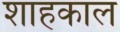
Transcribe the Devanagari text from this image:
शाहकाल